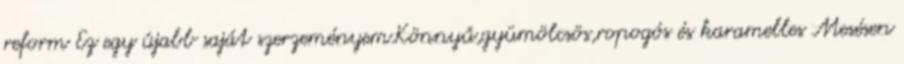
reform Ez egy újabb saját szerzeményem.Könnyű,gyümölcsös,ropogós és karamelles Mesésen